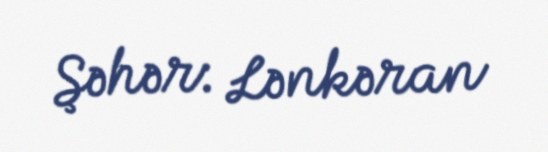
Şəhər: Lənkəran